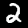
Digit: 2